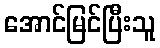
အောင်မြင်ပြီးသူ